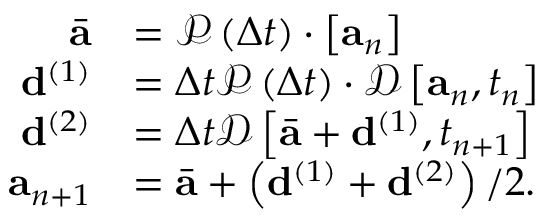
\begin{array} { r } { \begin{array} { r l } { \bar { \mathbf { a } } } & { = \mathcal { P } \left( \Delta t \right) \cdot \left[ \mathbf { a } _ { n } \right] } \\ { \mathbf { d } ^ { ( 1 ) } } & { = \Delta t \mathcal { P } \left( \Delta t \right) \cdot \mathcal { D } \left[ \mathbf { a } _ { n } , t _ { n } \right] } \\ { \mathbf { d } ^ { ( 2 ) } } & { = \Delta t \mathcal { D } \left[ \bar { \mathbf { a } } + \mathbf { d } ^ { ( 1 ) } , t _ { n + 1 } \right] } \\ { \mathbf { a } _ { n + 1 } } & { = \bar { \mathbf { a } } + \left( \mathbf { d } ^ { ( 1 ) } + \mathbf { d } ^ { ( 2 ) } \right) / 2 . } \end{array} } \end{array}